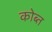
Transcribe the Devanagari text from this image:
कोब्त